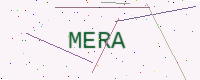
Text: MERA